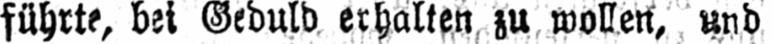
führte, bei Geduld erhalten zu wollen, und